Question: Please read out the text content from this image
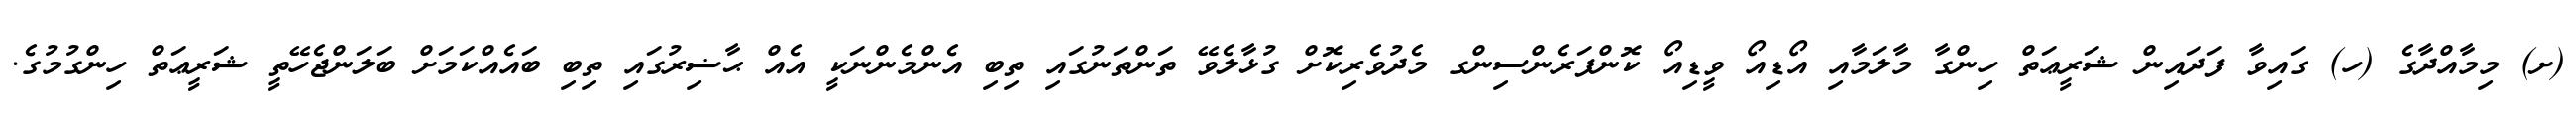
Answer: (ށ) މިމާއްދާގެ (ހ) ގައިވާ ފަދައިން ޝަރީޢަތް ހިންގާ މާލަމާއި އޯޑިއޯ ވީޑިއޯ ކޮންފަރެންސިންގ މެދުވެރިކޮށް ގުޅާލެވޭ ތަންތަނުގައި ތިބި އެންމެންނަކީ އެއް ޙާޟިރުގައި ތިބި ބައެއްކަމަށް ބަލަންޖެހޭތީ ޝަރީޢަތް ހިންގުމުގެ.